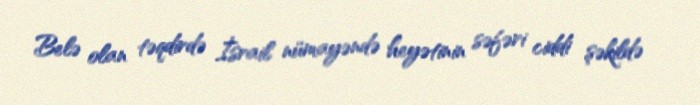
Belə olan təqdirdə İsrail nümayəndə heyətinin səfəri ciddi şəkildə